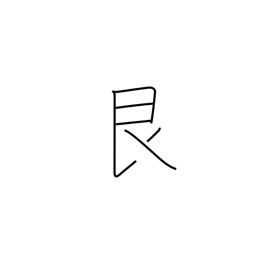
Meaning: stopping